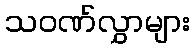
သဝဏ်လွှာများ